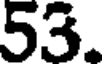
53.